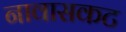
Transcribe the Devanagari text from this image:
नावासकट